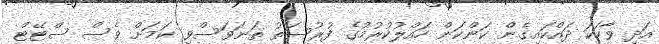
އަދި ވާހަކަ ދައްކައިގެން ކަންކަން ހައްލުކުރުމުގެ ފުރުސަތު ތަނަވަސްވި ކަމަށް ވެސް ސްޓޭޓް